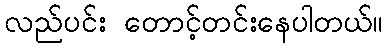
လည်ပင်း တောင့်တင်းနေပါတယ်။